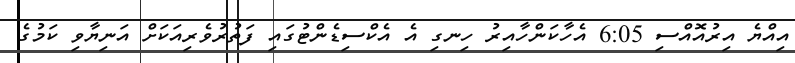
އިއްޔެ އިރުއޮއްސި 6:05 އެހާކަންހާއިރު ހިނގި އެ އެކްސިޑެންޓުގައި ފަތުރުވެރިއަކަށް އަނިޔާވި ކަމުގެ